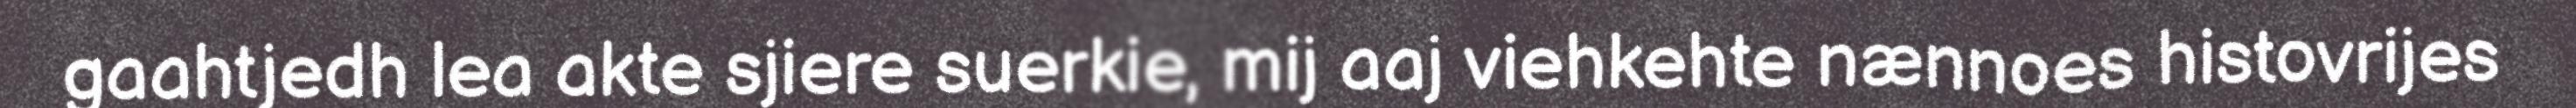
gaahtjedh lea akte sjiere suerkie, mij aaj viehkehte nænnoes histovrijes